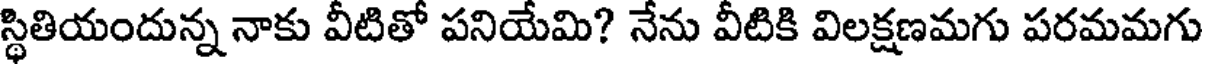
స్థితియందున్న నాకు వీటితో పనియేమి? నేను వీటికి విలక్షణమగు పరమమగు